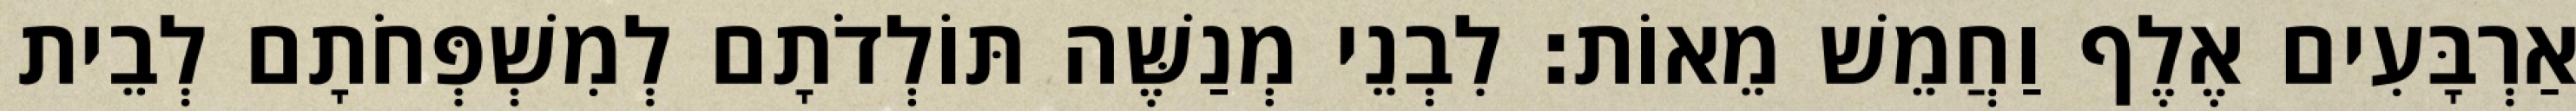
אַרְבָּעִים אֶלֶף וַחֲמֵשׁ מֵאוֹת׃ לִבְנֵי מְנַשֶּׁה תּוֹלְדֹתָם לְמִשְׁפְּחֹתָם לְבֵית